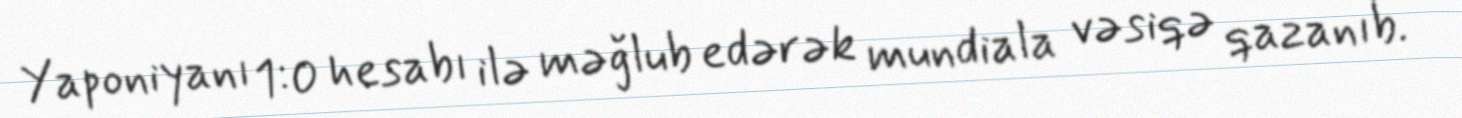
Yaponiyanı 1:0 hesabı ilə məğlub edərək mundiala vəsiqə qazanıb.